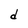
Character: d